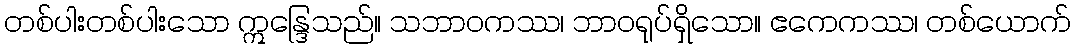
တစ်ပါးတစ်ပါးသော ဣန္ဒြေသည်။ သဘာဝကဿ၊ ဘာဝရုပ်ရှိသော။ ဧကေကဿ၊ တစ်ယောက်